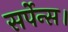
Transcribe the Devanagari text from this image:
सर्पेन्स।